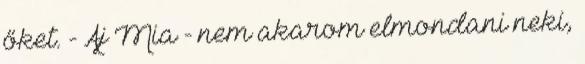
őket. - Aj Mia - nem akarom elmondani neki,